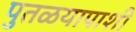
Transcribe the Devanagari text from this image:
पुतळयापाशी